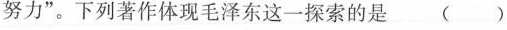
努力”。下列著作体现毛泽东这一探索的是()